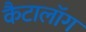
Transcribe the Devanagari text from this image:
कैटालॉग